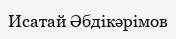
Исатай Әбдікәрімов